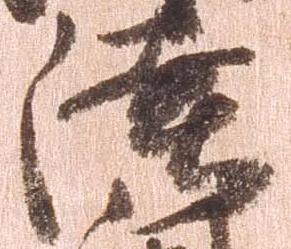
陸